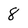
Character: 8